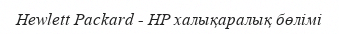
Hewlett Packard - HP халықаралық бөлімі